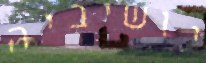
יושיביה